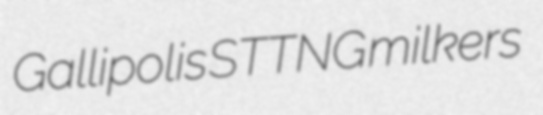
Gallipolis STTNG milkers